Document type: Testament
Year: 1300
Scribe: Bonanat d'Esparreguera
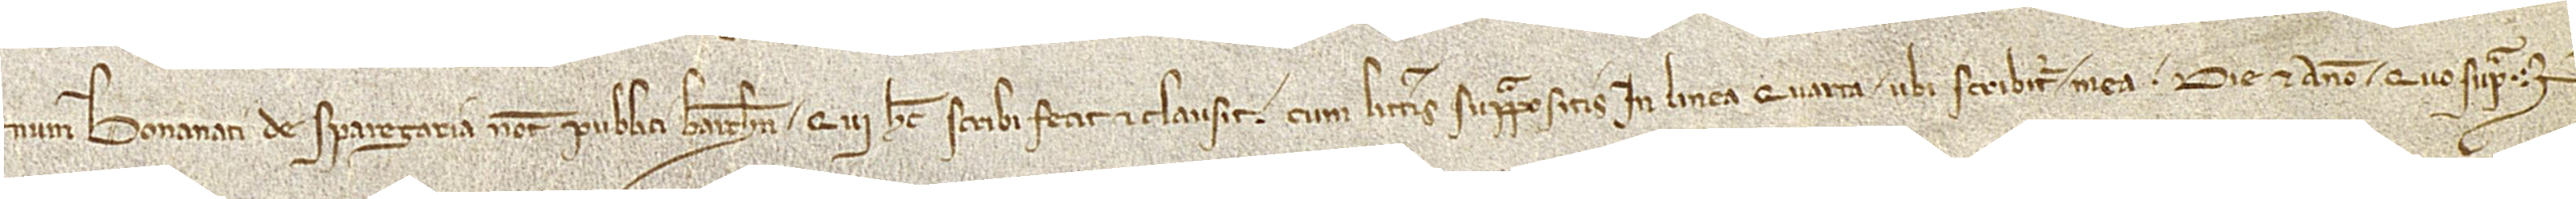
Bonanati de Sparegaria, notarii publici Barchinone, qui hec scribi fecit et clausit cum litteris suprapositis in linea quarta, ubi scribitur “mea”, die et anno quo supra.